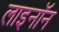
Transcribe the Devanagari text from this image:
लाइनॉन